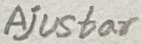
Text: Adjustor